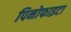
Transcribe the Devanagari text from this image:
पिनोफाइटा